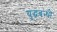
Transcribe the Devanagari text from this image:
युद्धबन्धी